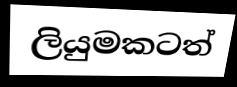
ලියුමකටත්